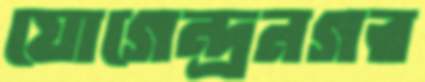
যোগেন্দ্রনগর